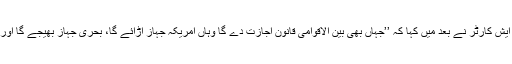
امریکہ کے وزیر دفاع ایش کارٹر نے بعد میں کہا کہ ’’جہاں بھی بین الاقوامی قانون اجازت دے گا وہاں امریکہ جہاز اڑائے گا، بحری جہاز بھیجے گا اور نقل و حرکت کرے گا۔